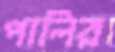
পালির